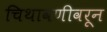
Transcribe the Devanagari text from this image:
चिथावणीवरून